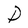
Character: D